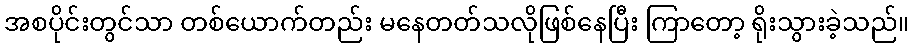
အစပိုင်းတွင်သာ တစ်ယောက်တည်း မနေတတ်သလိုဖြစ်နေပြီး ကြာတော့ ရိုးသွားခဲ့သည်။